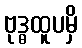
ဗုဒ္ဓထူပမှိ